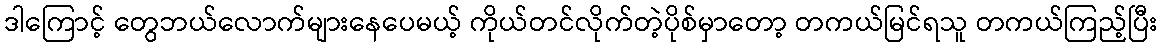
ဒါကြောင့် တွေဘယ်လောက်များနေပေမယ့် ကိုယ်တင်လိုက်တဲ့ပိုစ်မှာတော့ တကယ်မြင်ရသူ တကယ်ကြည့်ပြီး